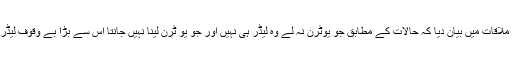
وزیراعظم عمران خان نے جمعہ کے روز کالم نویسوں سے ملاقات میں بیان دیا کہ حالات کے مطابق جو یوٹرن نہ لے وہ لیڈر ہی نہیں اور جو یو ٹرن لینا نہیں جانتا اس سے بڑا بے وقوف لیڈر نہیں ہوتا، ہٹلر اور نپولین یوٹرن نہ لے کر نقصان میں گئے۔